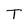
Character: T